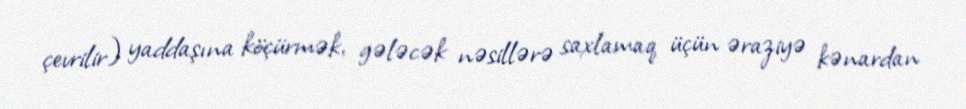
çevrilir) yaddaşına köçürmək, gələcək nəsillərə saxlamaq üçün əraziyə kənardan